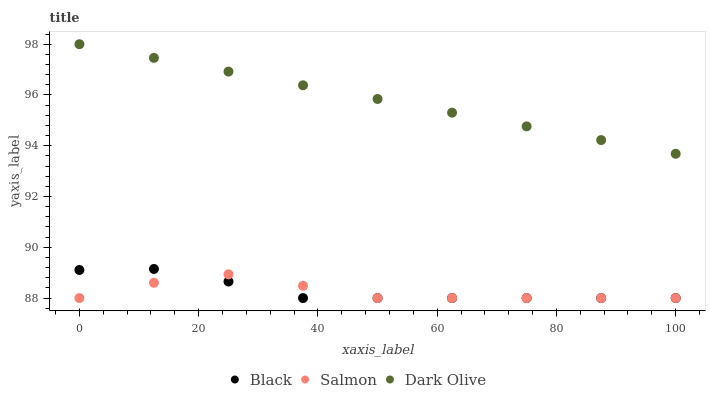
| xaxis_label | Black | Salmon | Dark Olive |
 | --- | --- | --- | --- |
 | 0 | 89.1 | 88 | 98 |
 | 12.5 | 89.1 | 88.6 | 97.5 |
 | 25 | 88.7 | 88.9 | 96.9 |
 | 37.5 | 88 | 88.5 | 96.4 |
 | 50 | 88 | 88 | 95.8 |
 | 62.5 | 88 | 88 | 95.3 |
 | 75 | 88 | 88 | 94.8 |
 | 87.5 | 88 | 88 | 94.2 |
 | 100 | 88 | 88 | 93.7 |